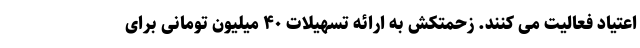
اعتیاد فعالیت می کنند. زحمتکش به ارائه تسهیلات ۴۰ میلیون تومانی برای